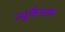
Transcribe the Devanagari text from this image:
न्युकैसक